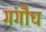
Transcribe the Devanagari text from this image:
गंगौघ